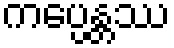
ကပ္ပေန္တဿ